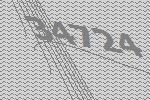
34724